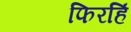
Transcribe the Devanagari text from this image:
फिरहिं